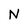
Character: N